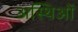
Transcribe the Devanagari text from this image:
अस्थिओं